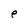
Character: e